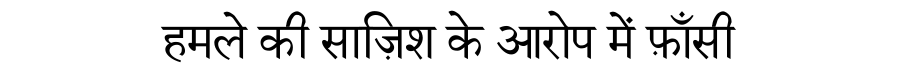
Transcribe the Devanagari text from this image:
हमले की साज़िश के आरोप में फ़ाँसी